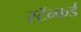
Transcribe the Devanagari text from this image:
स्टॅन्फर्ड